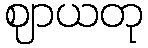
ဈာယတု